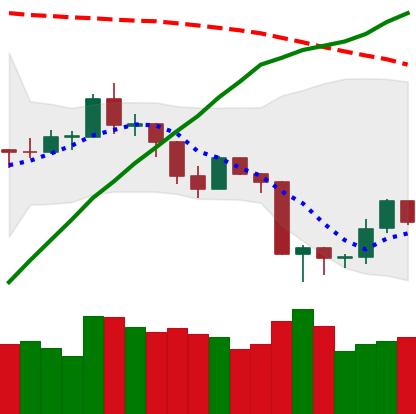
Ticker: ETH-USD
Chart end date: 2019-08-20
Forward return: -4.946%
Label: down_3_5